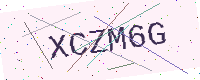
Text: XCZM6G